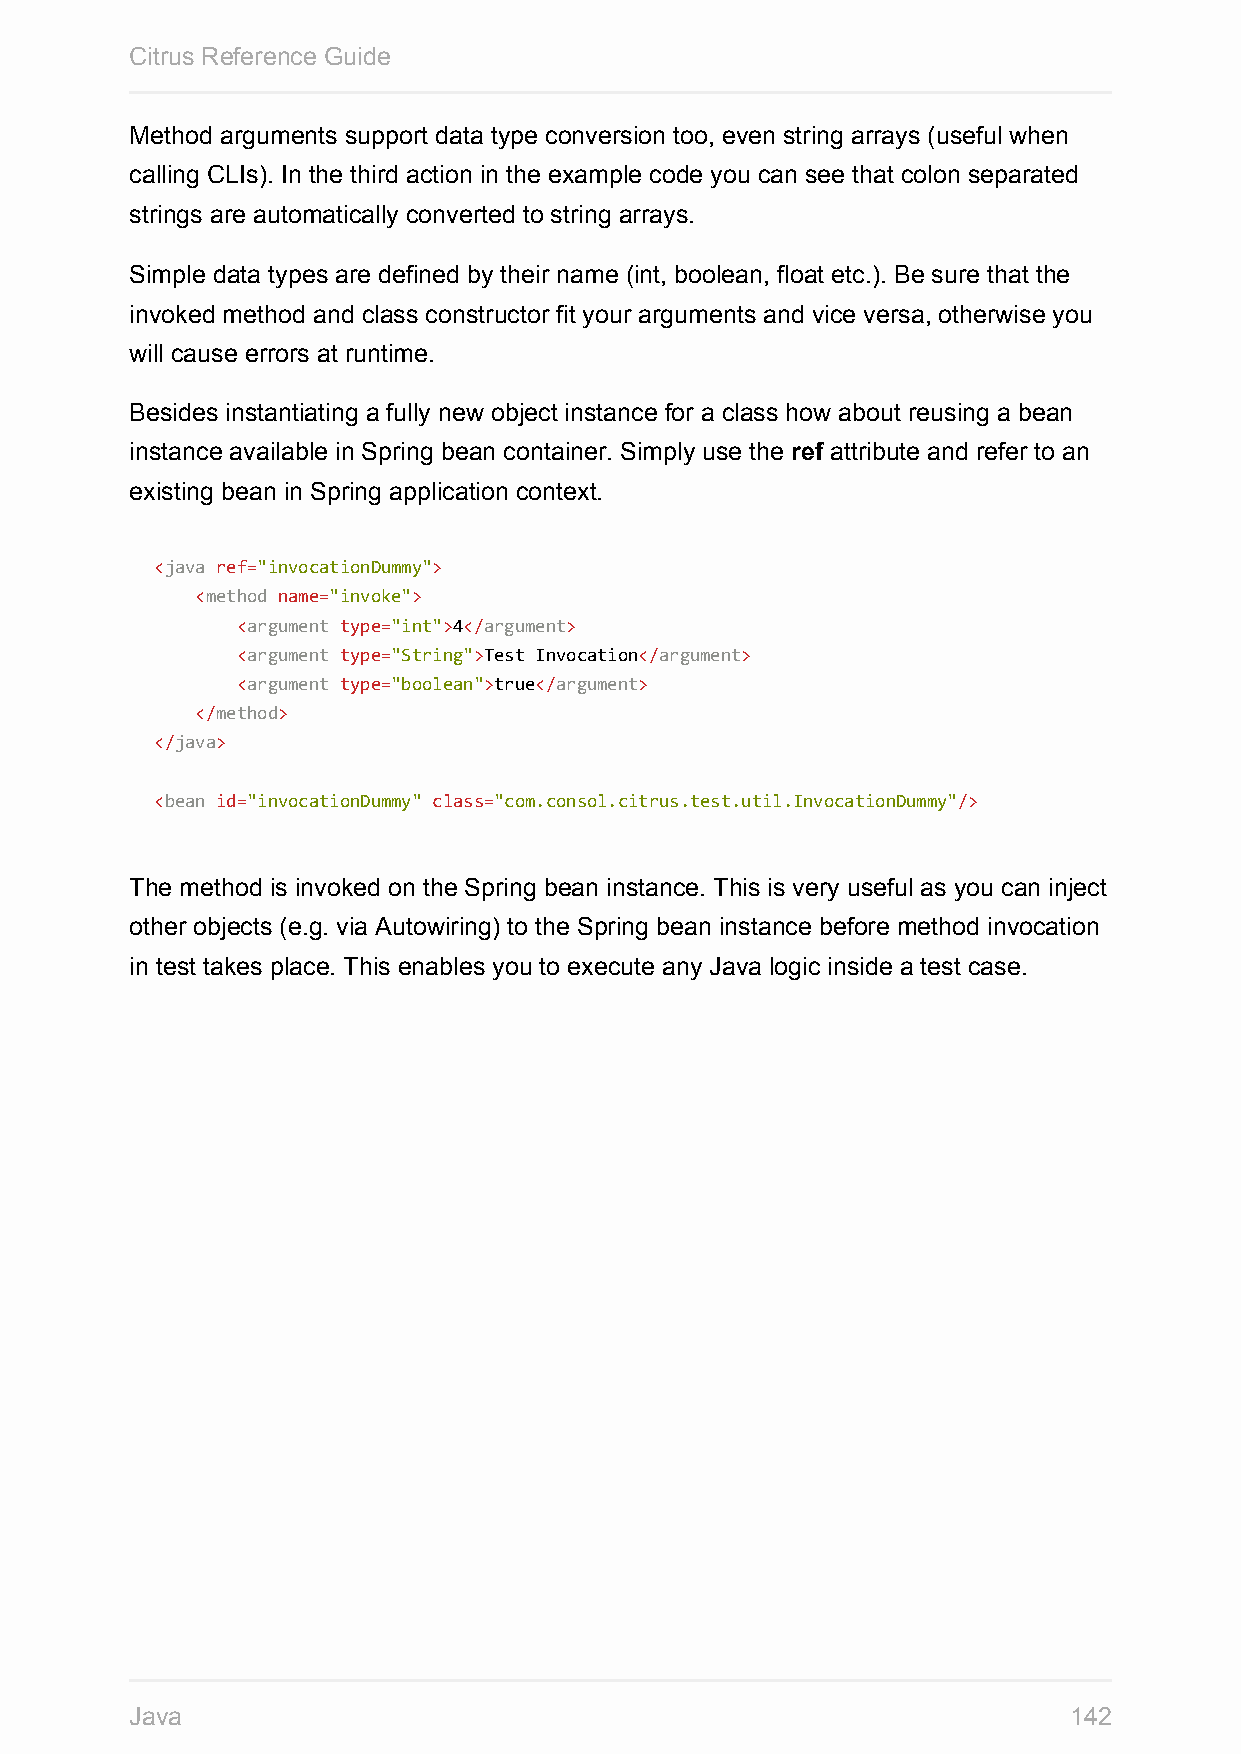
Citrus Reference Guide
 Method arguments support data type conversion too, even string arrays (useful when
 calling CLIs). In the third action in the example code you can see that colon separated
 strings are automatically converted to string arrays.
 Simple data types are defined by their name (int, boolean, float etc.). Be sure that the
 invoked method and class constructor fit your arguments and vice versa, otherwise you
 will cause errors at runtime.
 Besides instantiating a fully new object instance for a class how about reusing a bean
 instance available in Spring bean container. Simply use the ref attribute and refer to an
 existing bean in Spring application context.
 <java ref="invocationDummy">
 <method name="invoke">
 <argument type="int">4</argument>
 <argument type="String">Test Invocation</argument>
 <argument type="boolean">true</argument>
 </method>
 </java>
 <bean id="invocationDummy" class="com.consol.citrus.test.util.InvocationDummy"/>
 The method is invoked on the Spring bean instance. This is very useful as you can inject
 other objects (e.g. via Autowiring) to the Spring bean instance before method invocation
 in test takes place. This enables you to execute any Java logic inside a test case.
 Java                                                          142